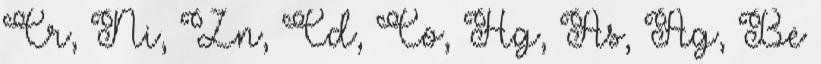
Cr, Ni, Zn, Cd, Co, Hg, As, Ag, Be